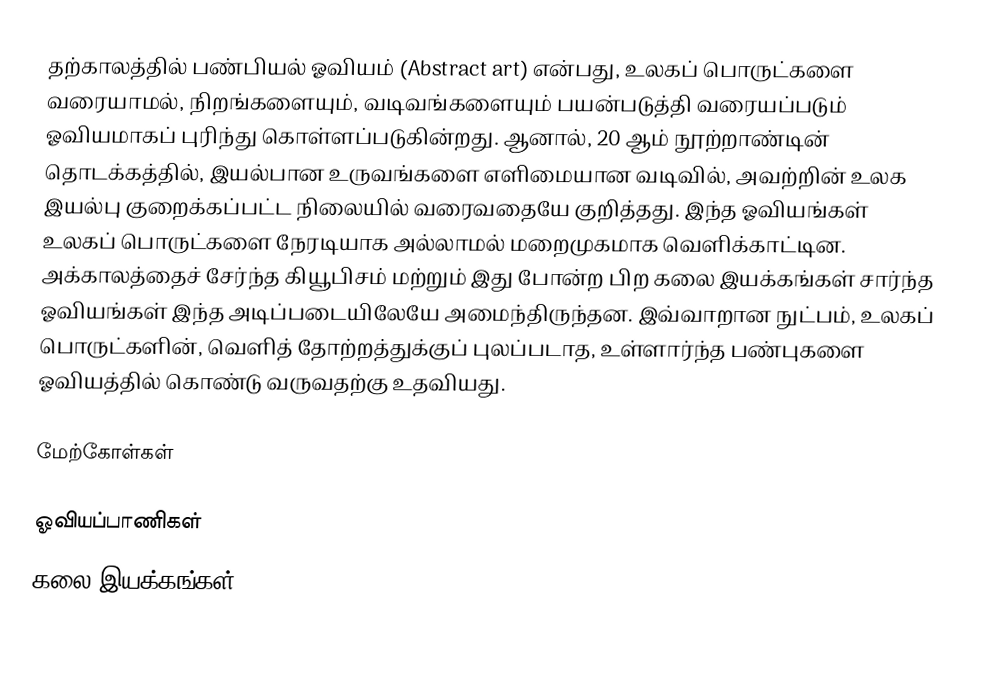
தற்காலத்தில் பண்பியல் ஓவியம் (Abstract art) என்பது, உலகப் பொருட்களை வரையாமல், நிறங்களையும், வடிவங்களையும் பயன்படுத்தி வரையப்படும் ஓவியமாகப் புரிந்து கொள்ளப்படுகின்றது. ஆனால், 20 ஆம் நூற்றாண்டின் தொடக்கத்தில், இயல்பான உருவங்களை எளிமையான வடிவில், அவற்றின் உலக இயல்பு குறைக்கப்பட்ட நிலையில் வரைவதையே குறித்தது. இந்த ஓவியங்கள் உலகப் பொருட்களை நேரடியாக அல்லாமல் மறைமுகமாக வெளிக்காட்டின. அக்காலத்தைச் சேர்ந்த கியூபிசம் மற்றும் இது போன்ற பிற கலை இயக்கங்கள் சார்ந்த ஓவியங்கள் இந்த அடிப்படையிலேயே அமைந்திருந்தன. இவ்வாறான நுட்பம், உலகப் பொருட்களின், வெளித் தோற்றத்துக்குப் புலப்படாத, உள்ளார்ந்த பண்புகளை ஓவியத்தில் கொண்டு வருவதற்கு உதவியது.

மேற்கோள்கள்

ஓவியப்பாணிகள்
கலை இயக்கங்கள்